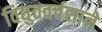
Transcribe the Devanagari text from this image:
विद्युतवर्चसाने